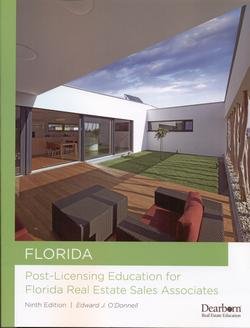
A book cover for Post Licensing Education for Florida Real Estate Sales Associates; Business & Money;